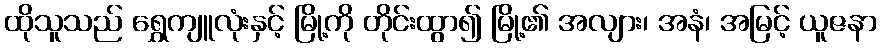
ထိုသူသည် ရွှေကျူလုံးနှင့် မြို့ကို တိုင်းထွာ၍ မြို့၏ အလျား၊ အနံ၊ အမြင့် ယူဇနာ